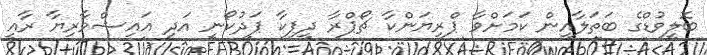
ބޮލީވުޑްގެ ބަތަލާއިން ކަމަށްވާ ޕްރިޔަންކާ ޗޯޕްރާ ދީޕިކާ ޕަދުކޯނީ އަދި އައިޝްވާރިޔާ ރާއީ